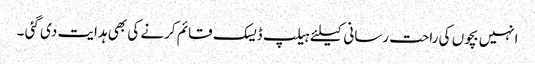
انہیں بچوں کی راحت رسانی کیلئے ہیلپ ڈیسک قائم کرنے کی بھی ہدایت دی گئی ۔